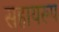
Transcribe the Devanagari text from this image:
सहायरूप